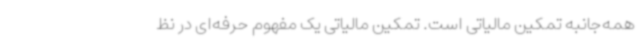
همه‌جانبه تمکین مالیاتی است. تمکین مالیاتی یک مفهوم حرفه‌ای در نظ